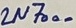
Text: 2N7000